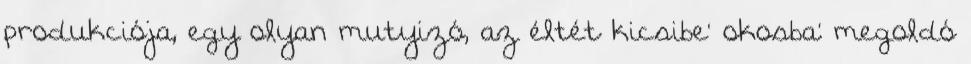
produkciója, egy olyan mutyizó, az éltét kicsibe’ okosba’ megoldó